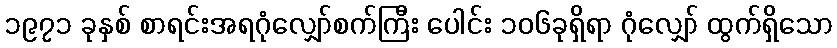
၁၉၇၁ ခုနှစ် စာရင်းအရဂုံလျှော်စက်ကြီး ပေါင်း ၁၀၆ခုရှိရာ ဂုံလျှော် ထွက်ရှိသော